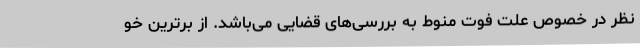
نظر در خصوص علت فوت منوط به بررسی‌های قضایی می‌باشد. از برترین خو